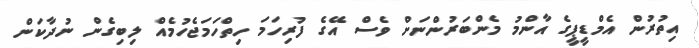
އިތުރުން އެމްޑީޕީގެ އާންމު މެންބަރުންނަށް ވެސް އޭގެ ފުރިހަމަ ހިތްހަމަޖެހުމެއް ލިބިގެން ނުދާކަން